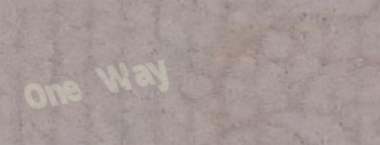
One Way